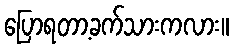
ပြောရတာ့ခက်သားကလား။